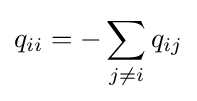
q_{ii}=-\sum _{j\neq i}q_{ij}